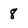
Character: 8